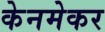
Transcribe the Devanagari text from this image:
केनमेकर